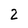
Character: 2